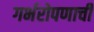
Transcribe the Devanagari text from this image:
गर्भरोपणाची